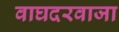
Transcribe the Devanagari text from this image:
वाघदरवाजा